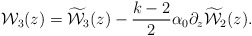
\begin{align*}{{\cal W}_3(z)} = {\widetilde{\cal W}_3(z)} - \frac{k-2}{2} \alpha_0 \partial_z {\widetilde{\cal W}_2(z)}.\end{align*}